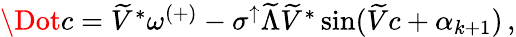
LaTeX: \begin{array}{r}{\Dot{c}=\widetilde{V}^{*}\omega^{(+)}-\sigma^{\uparrow}\widetilde{\Lambda}\widetilde{V}^{*}\sin(\widetilde{V}c+\alpha_{k+1})\, ,}\end{array}